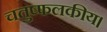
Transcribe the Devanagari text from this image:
चतुष्फलकीय।